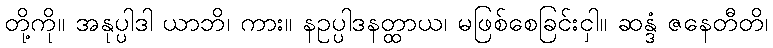
တို့ကို။ အနုပ္ပါဒါ ယာဘိ၊ ကား။ နဥပ္ပါဒနတ္ထာယ၊ မဖြစ်စေခြင်းငှါ။ ဆန္ဒံ ဇနေတီတိ၊